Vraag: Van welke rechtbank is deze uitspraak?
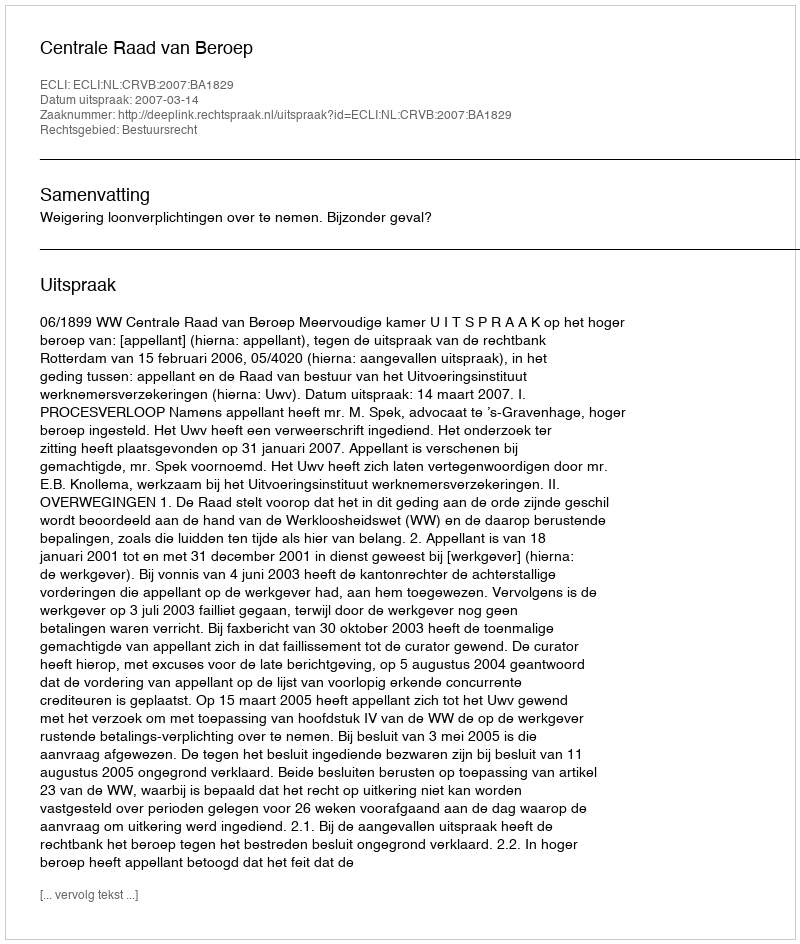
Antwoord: Centrale Raad van Beroep